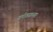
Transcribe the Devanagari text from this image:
दरोड्याच्या